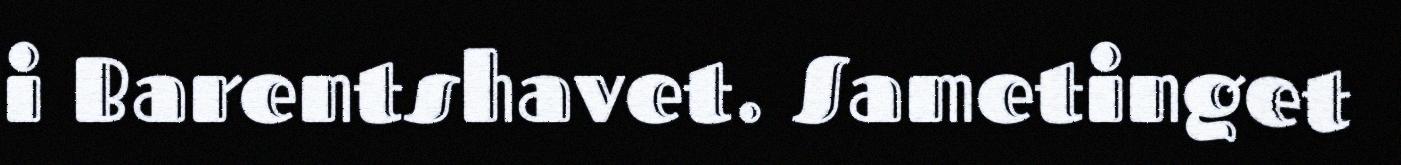
i Barentshavet. Sametinget